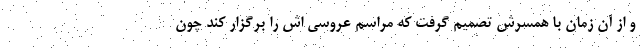
و از آن زمان با همسرش تصمیم گرفت که مراسم عروسی اش را برگزار کند چون